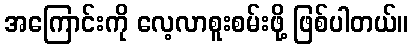
အကြောင်းကို လေ့လာစူးစမ်းဖို့ ဖြစ်ပါတယ်။